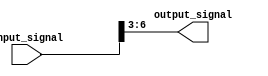
module bit_select_assign (
    input [7:0] input_signal,
    output [3:0] output_signal
);

assign output_signal[3:0] = input_signal[6:3]; // Select bits 6 to 3 from input_signal and assign to bits 3 to 0 of output_signal

endmodule